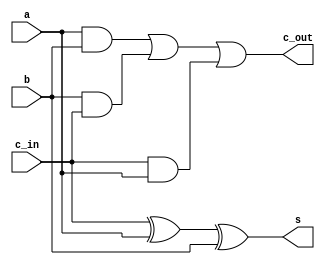
`timescale 1ns / 1ns // `timescale time_unit/time_precision

module FA (a, b, c_in, s, c_out);
	input a, b, c_in;
	output s, c_out;
	assign s = c_in ^ a ^ b;
	assign c_out = (a & b) | (b & c_in) | (c_in & a);
endmodule

module part2(a, b, c_in, s, c_out);
	input [3:0] a, b;
	input c_in;
	output [3:0] s;
	output c_out;
	wire w0, w1, w2;
	FA u0 (a[0], b[0], c_in, s[0], w0);
	FA u1 (a[1], b[1], w0, s[1], w1);
	FA u2 (a[2], b[2], w1, s[2], w2);
	FA u3 (a[3], b[3], w2, s[3], c_out);
endmodule

//module TOP(input [8:0] SW, output [9:0] LEDR);
//	part2 uu(SW[7:4], SW[3:0], SW[8], LEDR[3:0], LEDR[9]);
//endmodule